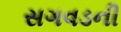
સગવડની